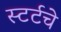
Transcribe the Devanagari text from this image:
स्टर्टचे